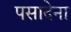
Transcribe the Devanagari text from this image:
पसादेना